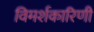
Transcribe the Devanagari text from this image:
विमर्शकारिणी